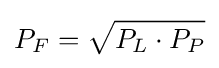
P_{F}={\sqrt {P_{L}\cdot P_{P}}}